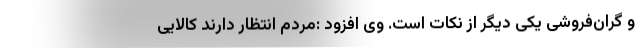
و گران‌فروشی یکی دیگر از نکات است. وی افزود :مردم انتظار دارند کالایی